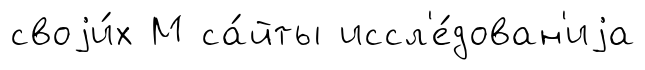
своjи́х М са́йты иссл'е́дован'иjа